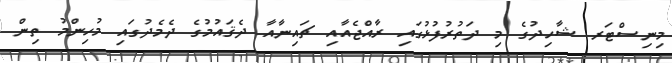
މިނިސްޓަރ ޝާހިދުގެ މި ދަތުރުފުޅުގައި ރާއްޖެއާއި ޗައިނާއާ ދެޤައުމުގެ ދެމެދުގައި މުހިންމު ތިން